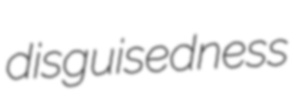
disguisedness